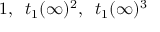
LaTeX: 1 , \; \; t _ { 1 } ( \infty ) ^ { 2 } , \; \; t _ { 1 } ( \infty ) ^ { 3 }